Indian Medical Review
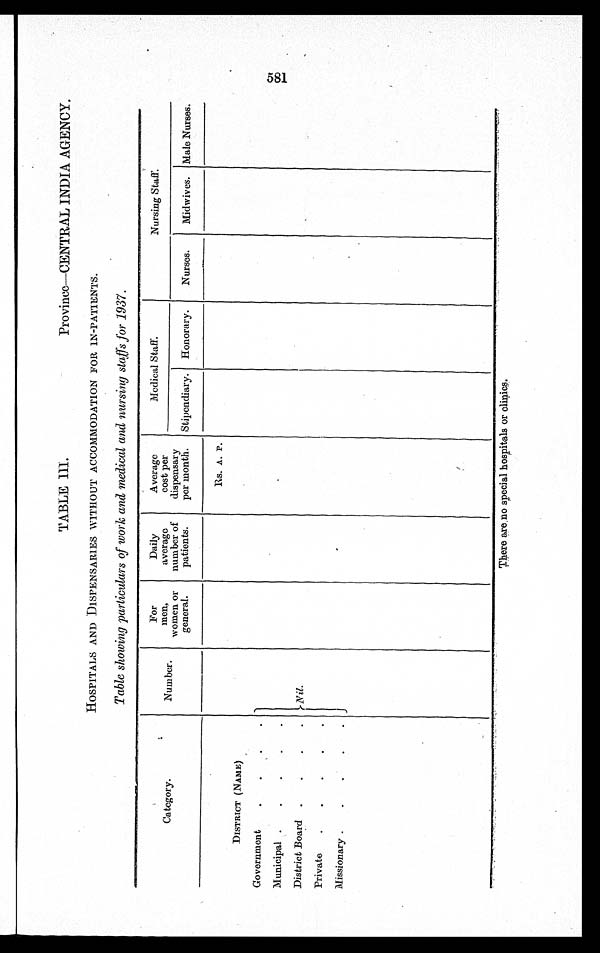
TABLE III.
Province—CENTRAL INDIA AGENCY.
HOSPITALS AND DISPENSARIES WITHOUT ACCOMMODATION FOR IN-PATIENTS.
Table showing particulars of work and medical and nursing staffs for 1937.
Category.
Number.
For
men,
women or
general.
Daily
average
number of
patients.
Average
cost per
dispensary
per month.
Medical Staff.
Nursing staff.
Stipendiary. Honorary. Nurses. Midwives. Male Nurses.
Rs. A. P.
DISTRICT (NAME)
Government
Municipal
District Board
Nil.
Private
Missionary
J